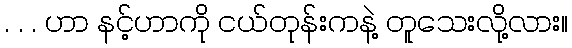
. . . ဟာ နင့်ဟာကို ငယ်တုန်းကနဲ့ တူသေးလို့လား။